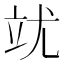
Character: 𮵥